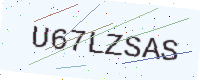
Text: U67LZSAS